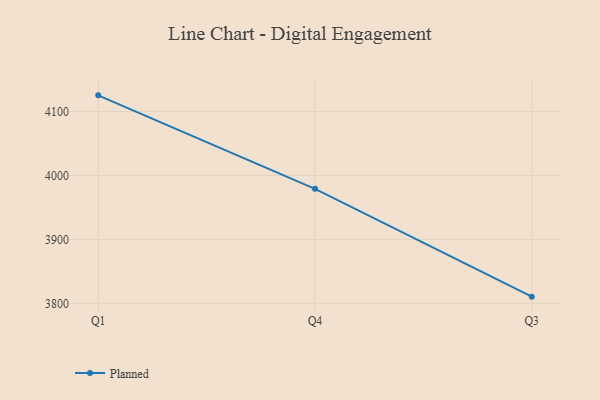
{"axis": {"x": "Quarter", "y": "Latency (ms)"}, "legend": ["Planned"], "data": [{"x": "Q1", "y": 4125.2, "type": "Planned"}, {"x": "Q4", "y": 3979.0, "type": "Planned"}, {"x": "Q3", "y": 3810.5, "type": "Planned"}]}